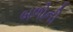
બળોની